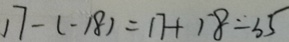
1 7 - ( - 1 8 ) = 1 7 + 1 8 = 3 5